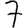
Digit: 7